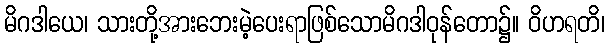
မိဂဒါယေ၊ သားတို့အားဘေးမဲ့ပေးရာဖြစ်သောမိဂဒါဝုန်တော၌။ ဝိဟရတိ၊